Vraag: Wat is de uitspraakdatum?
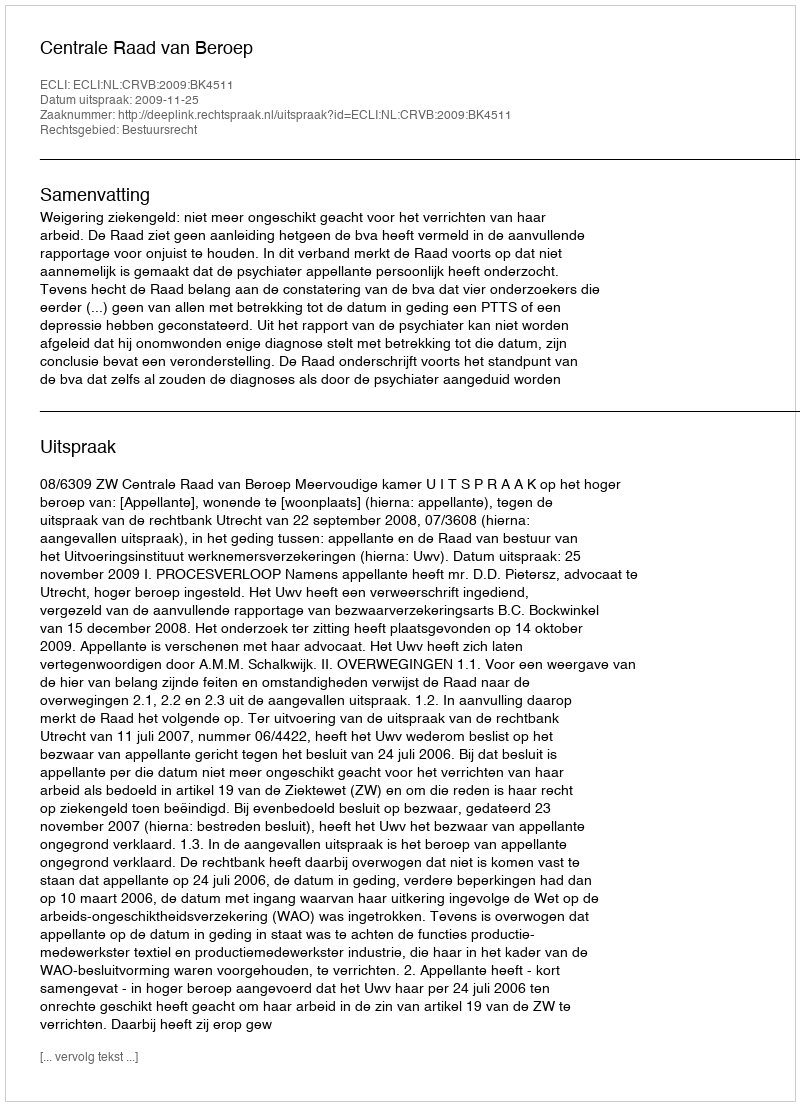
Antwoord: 2009-11-25